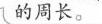
周长。